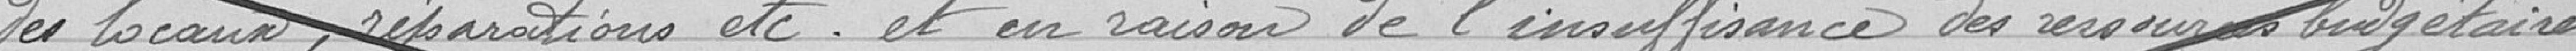
des locaux, réparations, etc. et en raison de l'insuffisance des ressources budgétaires